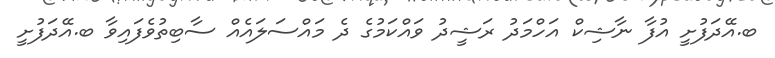
ބ.އޭދަފުށީ އުފާ ނާޝިކް އަހްމަދު ރަޝީދު ވައްކަމުގެ ދެ މައްސަލައެއް ސާބިތުވެފައިވާ ބ.އޭދަފުށީ